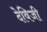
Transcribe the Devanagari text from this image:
देविजी